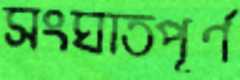
সংঘাতপূর্ণ